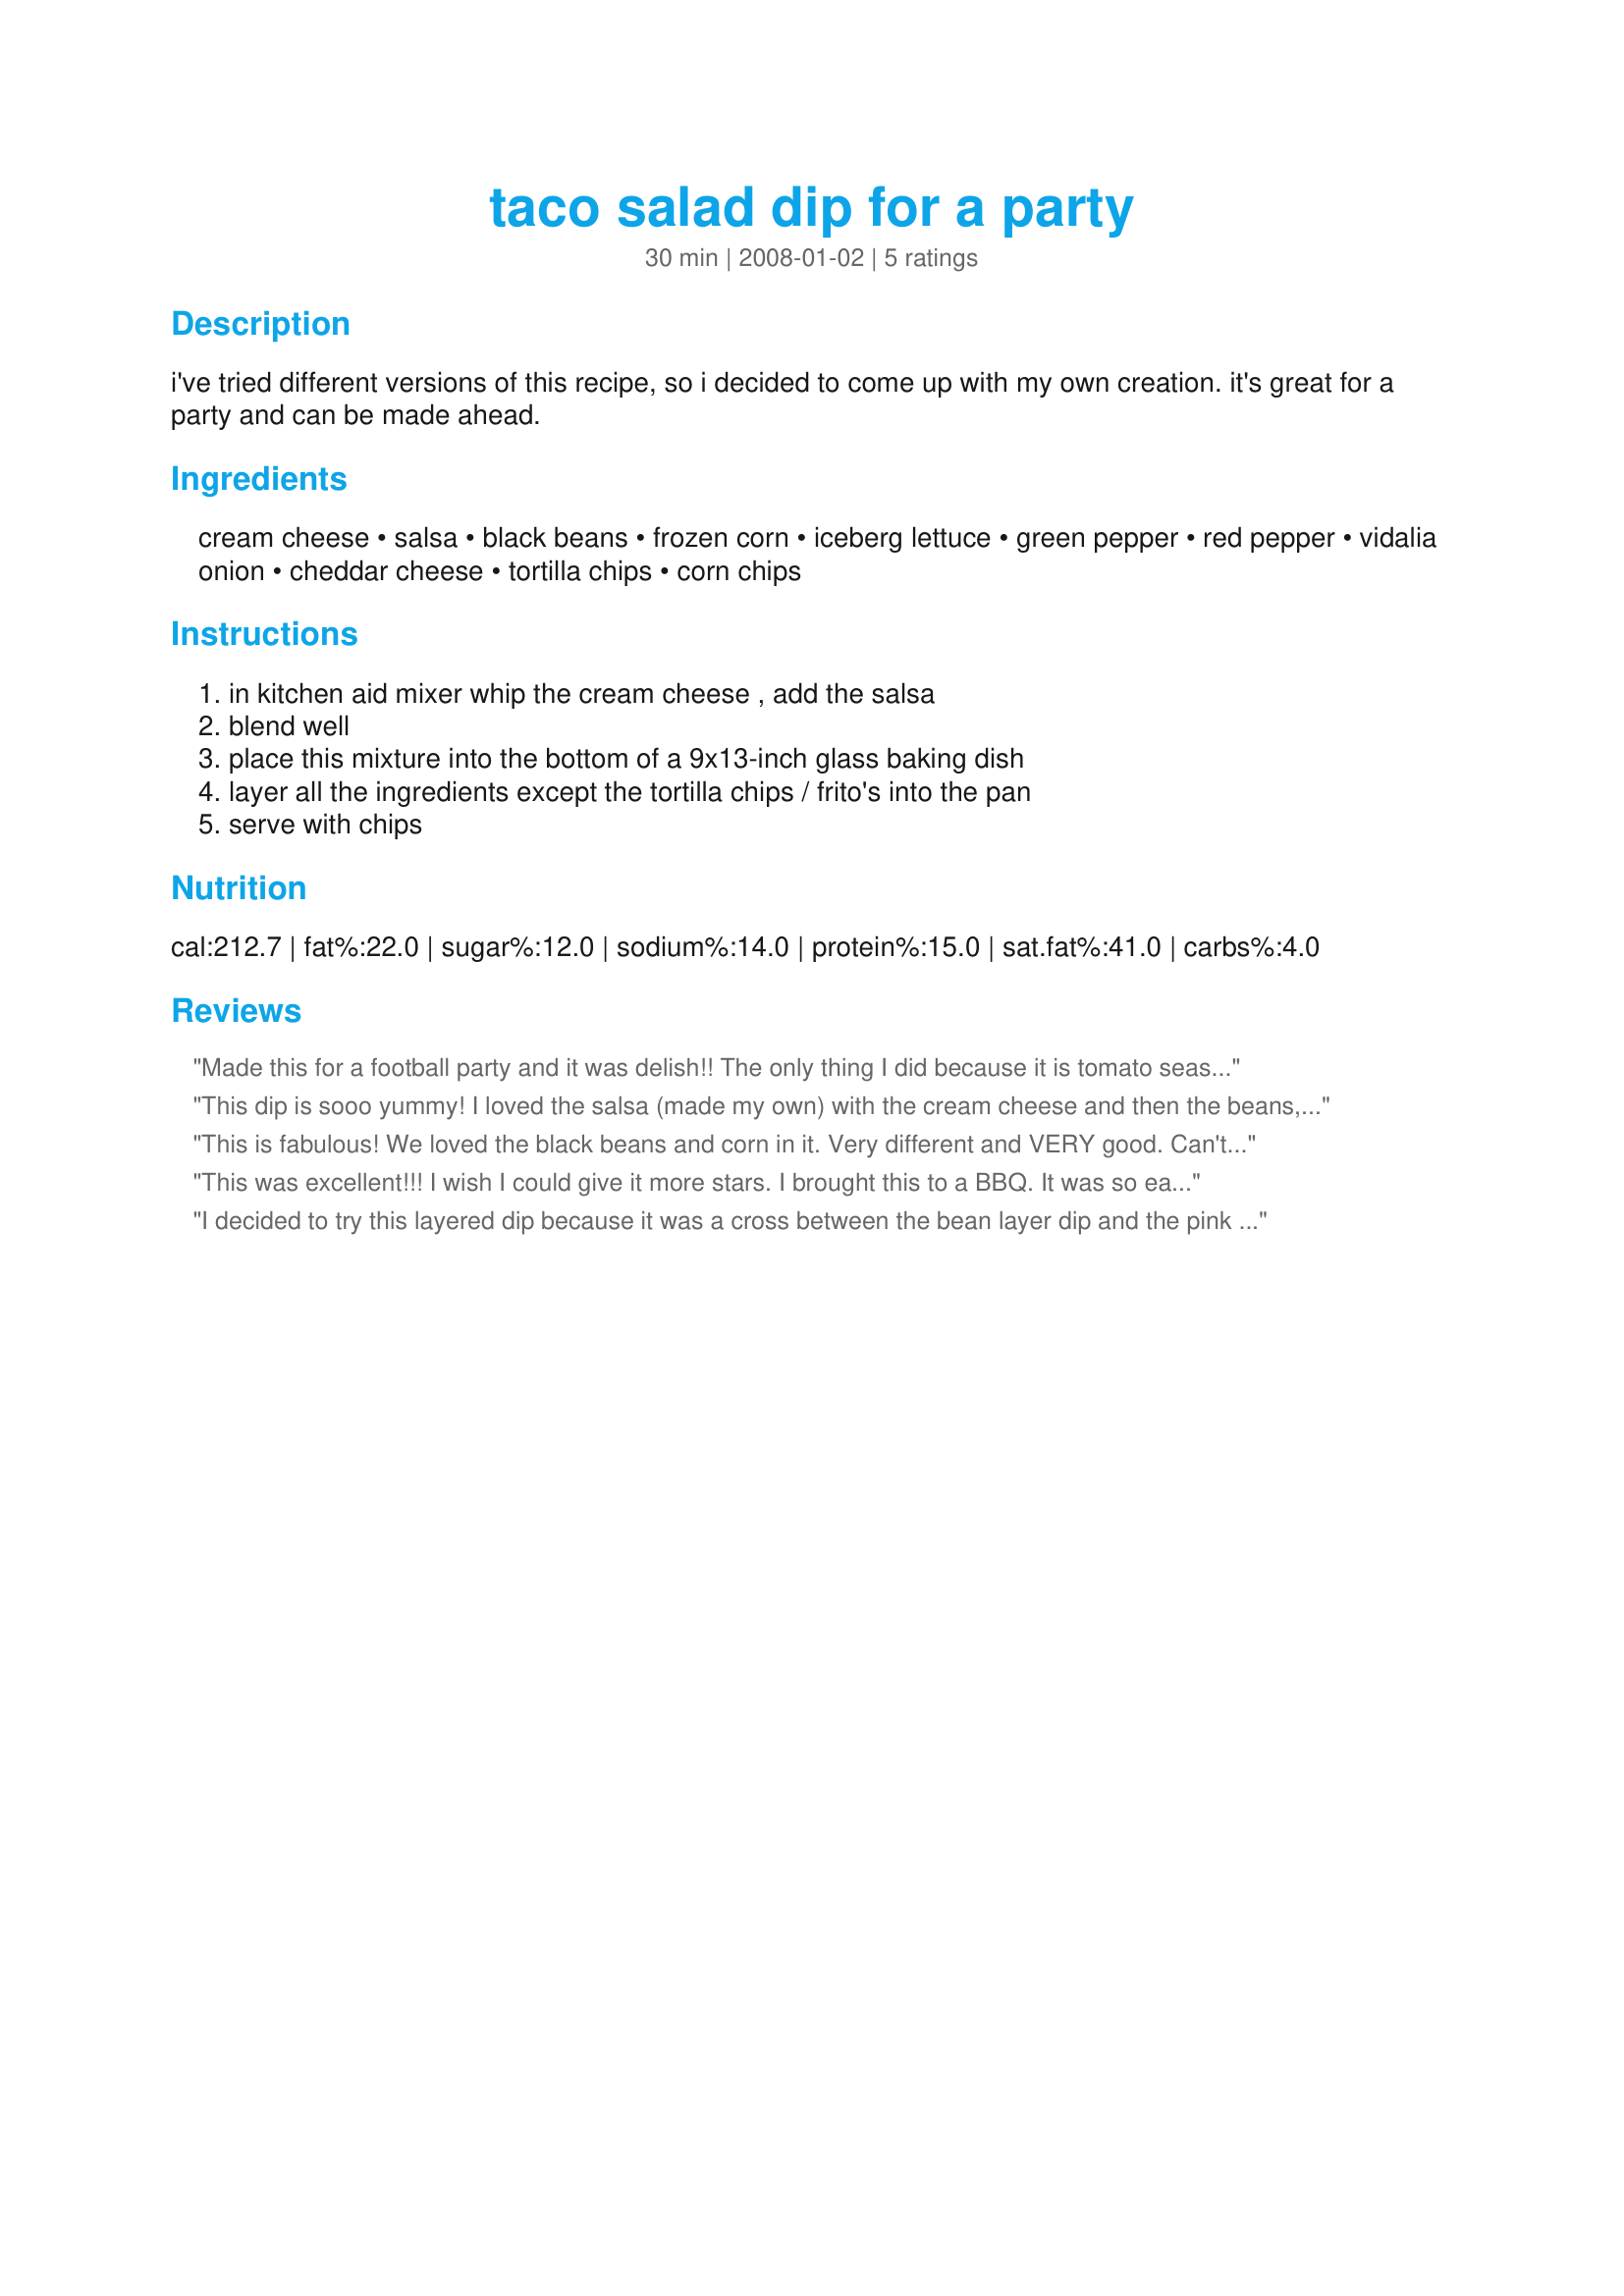
taco salad dip for a party
Preparation time: 30 minutes

i've tried different versions of this recipe, so i decided to come up with my own creation. it's great for a party and can be made ahead.

Ingredients:
cream cheese, salsa, black beans, frozen corn, iceberg lettuce, green pepper, red pepper, vidalia onion, cheddar cheese, tortilla chips, corn chips

Steps:
in kitchen aid mixer whip the cream cheese , add the salsa, blend well, place this mixture into the bottom of a 9x13-inch glass baking dish, layer all the ingredients except the tortilla chips / frito's into the pan, serve with chips

Reviews:
Made this for a football party and it was delish!! The only thing I did because it is tomato season was add some diced cherry tomatoes and EVERYONE loved it! Will make again! Thanks for the recipe!
This dip is sooo yummy! I loved the salsa (made my own) with the cream cheese and then the beans, corn, lettuce, onion and cheese. The flavours go so well together and make for a really good dip. It looks very pretty, too and comes together easily. Perfect for a party, like you said.<br/>THANK YOU SO MUCH for sharing this winner with us, diane!<br/>Made and reviewed for the Lettuce Tag Game in the Spain/Portugal forum March 2012.
This is fabulous! We loved the black beans and corn in it. Very different and VERY good. Can't wait to make it again, diane525!!!
This was excellent!!! I wish I could give it more stars. I brought this to a BBQ. It was so easy to put together. The only thing I did alittle different was add a couple Tbsp of Rotel tomatoes to the vegies, but that is the only thing. The recipe was followed exactly, other than that. Thank you so much, and I'll bring this to other gatherings! :)
I decided to try this layered dip because it was a cross between the bean layer dip and the pink dip my family likes. I added some lemon juice and cumin powder to the black beans, used chopped tomatoes rather than lettuce and green onions rather than the vidalia. I served with tortilla chips and frito scoops. It was a hit and will definitely be making this in the future. It could also be made low fat by using low fat cream cheese and low fat cheese. Thanks for posting this yummy recipe.
